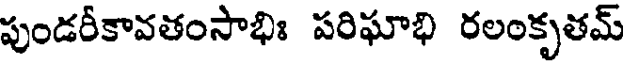
పుండరీకావతంసాభిః పరిఘాభి రలంకృతమ్